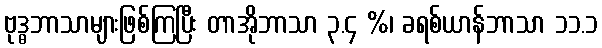
ဗုဒ္ဓဘာသာများဖြစ်ကြပြီး တာအိုဘာသာ ၃.၄ %၊ ခရစ်ယာန်ဘာသာ ၁၁.၁